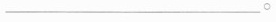
____。